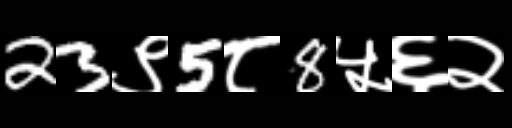
Text: 23९5८8५६२